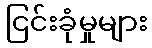
ငြင်းခုံမှုများ